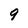
Character: 9